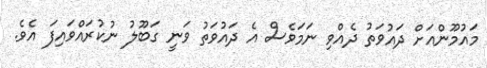
މައުމޫންއަށް ދައުވަތު ދެއްވި ނަމަވެސް އެ ދައުވަތު ވަނީ ގަބޫލު ނުކުރައްވައިފަ އެވެ.